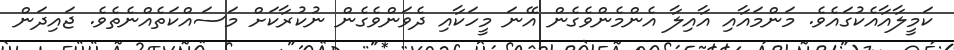
ކަމީލާއާއެކުގައެވެ. މަންމައާއި އާއިލާ އެންމެންވެގެން އޭނަ މީހަކާއި ދެވަންވެގެން ނުކުރާކަށް މަސައްކަތެއްނެތެވެ. ޖައިދަން